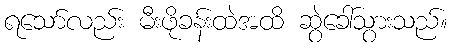
ရသော်လည်း မီးဖိုခန်းထဲအထိ ဆွဲခေါ်သွားသည်။